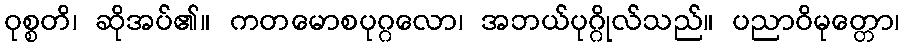
ဝုစ္စတိ၊ ဆိုအပ်၏။ ကတမောစပုဂ္ဂလော၊ အဘယ်ပုဂ္ဂိုလ်သည်။ ပညာဝိမုတ္တော၊